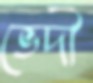
ভেদী